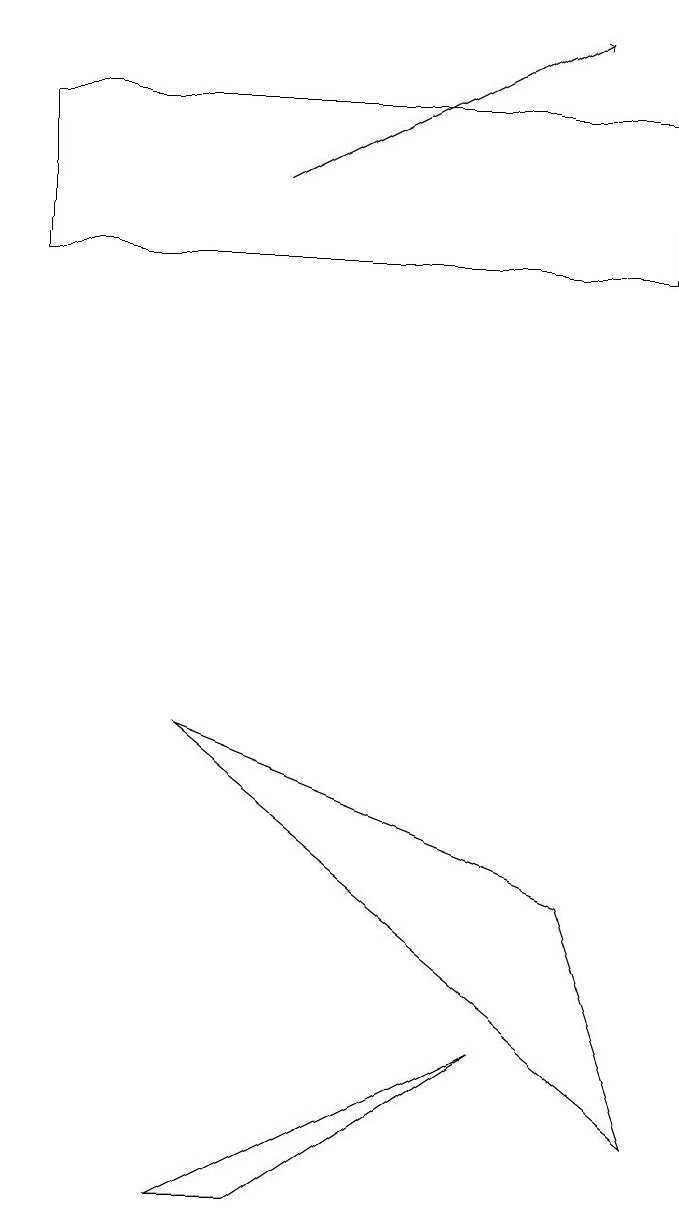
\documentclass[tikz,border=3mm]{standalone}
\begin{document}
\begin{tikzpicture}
\draw (0,15) rectangle (8,17);
\draw (2,3) -- (3,3) -- (6,5) -- cycle;
\draw (8,4) -- (7,7) -- (2,9) -- cycle;
\draw[->] (3,16) -- (7,18);
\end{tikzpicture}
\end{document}